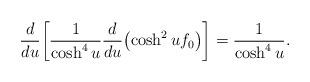
LaTeX: \begin{align*}\frac{d}{du} \biggl[ \frac{1}{ \cosh^4u} \frac{d}{du}\bigl( \cosh^2 u f_0 \bigr) \biggr] = \frac{1}{ \cosh^4u}.\end{align*}